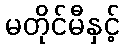
မတိုင်မီနှင့်